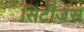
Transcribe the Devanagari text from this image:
सिटीजंस